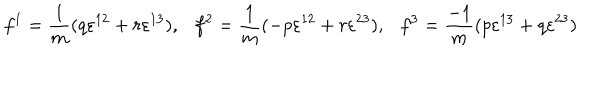
LaTeX: f ^ { 1 } = \frac { 1 } { m } ( q \varepsilon ^ { 1 2 } + r \varepsilon ^ { 1 3 } ) , f ^ { 2 } = \frac { 1 } { m } ( - p \varepsilon ^ { 1 2 } + r \varepsilon ^ { 2 3 } ) , f ^ { 3 } = \frac { - 1 } { m } ( p \varepsilon ^ { 1 3 } + q \varepsilon ^ { 2 3 } )